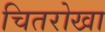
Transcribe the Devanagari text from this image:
चितरोखा